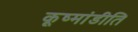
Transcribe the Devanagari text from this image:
कूष्मांडीति